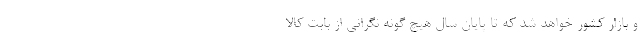
و بازار کشور خواهد شد که تا پایان سال هیچ گونه نگرانی از بابت کالا